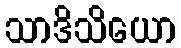
သာဒိသိယော